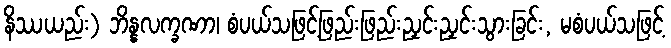
နိဿယည်း) ဘိန္နလက္ခဏာ၊ စံပယ်သဖြင့်ဖြည်းဖြည်းညှင်းညှင်းသွားခြင်း, မစံပယ်သဖြင့်